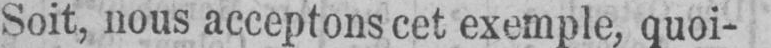
Soit, nous acceptons cet exemple, quoi-